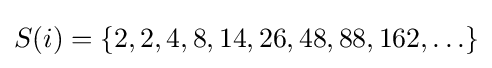
S(i)=\{2,2,4,8,14,26,48,88,162,\ldots \}